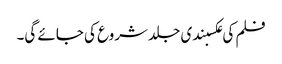
فلم کی عکسبندی جلد شروع کی جائے گی۔